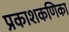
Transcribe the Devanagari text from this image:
प्रकाशकणिका